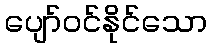
ပျော်ဝင်နိုင်သော